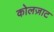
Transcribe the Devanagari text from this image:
कोलज़ाट